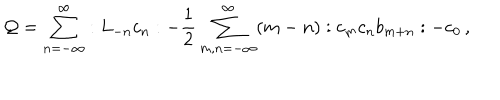
{ \cal Q } = \sum _ { n = - \infty } ^ { \infty } : L _ { - n } c _ { n } : - \frac { 1 } { 2 } \sum _ { m , n = - \infty } ^ { \infty } ( m - n ) : c _ { m } c _ { n } b _ { m + n } : - c _ { 0 } \, ,